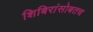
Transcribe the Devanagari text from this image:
शिबिरांसोबतच